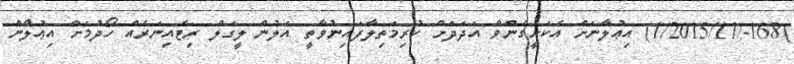
)168-/1/2015/11) އިޢުލާނަށް އެކަށީގެންވާ އަދަދަށް ކުރިމަތިލާފައިނުވާތީ އަލުން ލީގަލް ރިޓެއިނަރެއް ހޯދުމަށް އިޢުލާން